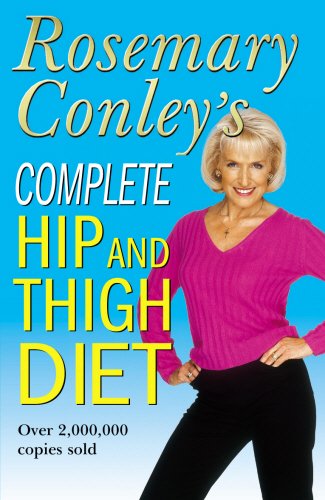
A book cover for Complete Hip and Thigh Diet; R Conley; Health, Fitness & Dieting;